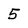
Character: 5